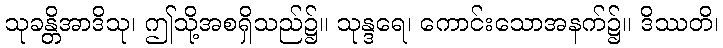
သုခန္တိအာဒိသု၊ ဤသို့အစရှိသည်၌။ သုန္ဒရေ၊ ကောင်းသောအနက်၌။ ဒိဿတိ၊